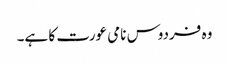
وہ فردوس نامی عورت کا ہے۔